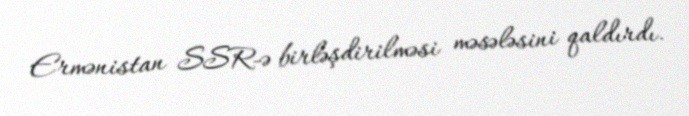
Ermənistan SSR-ə birləşdirilməsi məsələsini qaldırdı.